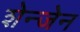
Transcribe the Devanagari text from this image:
शेन्जेन